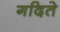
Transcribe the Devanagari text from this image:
गदिते